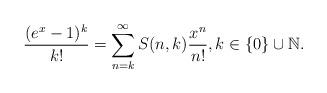
LaTeX: \begin{align*}\frac{(e^x-1)^k}{k!}=\sum_{n=k}^\infty S(n,k)\frac{x^n}{n!}, k\in\{0\}\cup\mathbb{N}.\end{align*}